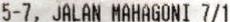
5-7, JALAN MAHAGONI 7/1